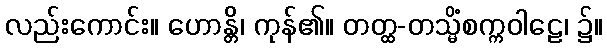
လည်းကောင်း။ ဟောန္တိ၊ ကုန်၏။ တတ္ထ-တသ္မိံစက္ကဝါဠေ၊ ၌။